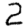
Digit: 2